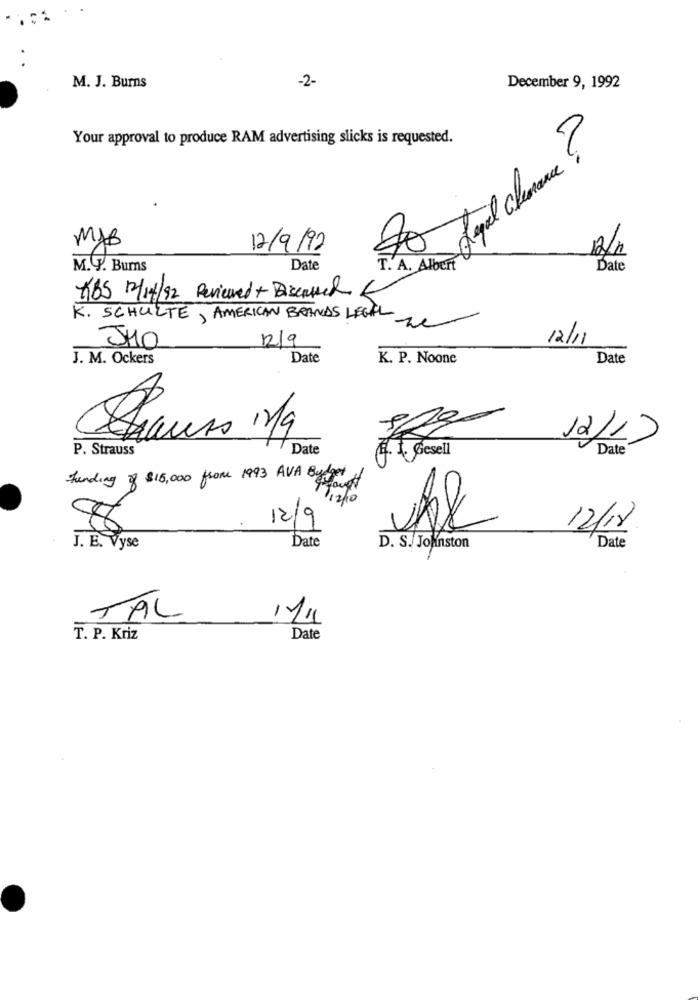
-2-
M. J. Burns
December 9, 1992
Your approval to produce RAM advertising slicks is requested.
Legal clemence ?
MJB
12/9/92
12/h
M. T. Bums
Date
T. A. Albert
Date
165 12/14/92 Reviewed + Discussed
K. SCHULTE, AMERICAN BRANDS LEGAL
12/9
12/11
JHO
J. M. Ockers
Date
K. P. Noone
Date
12/17
P. Strauss
Date
Date
4. 1. Gesell
Funding of $15,000 from 1993 AVA Budget of
Misto
12/9
12/18
Date
J. E. Vyse
D. S. Johnston
Date
TAL
11/11
T. P. Kriz
Date